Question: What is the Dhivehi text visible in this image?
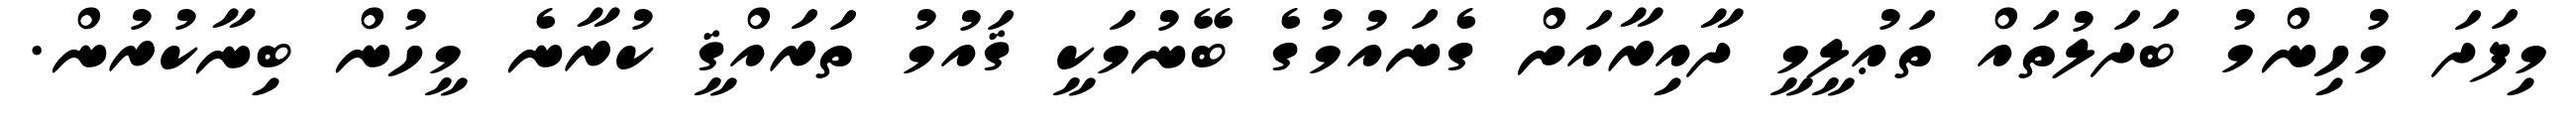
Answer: މިފަދަ މުހިންމު ބަދަލުތައް ތަޢުލީމީ ދާއިރާއަށް ގެނައުމުގެ ބޭނުމަކީ ޤައުމު ތަރައްޤީ ކުރާނެ މީހުން ބިނާކުރުން.